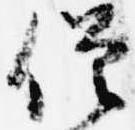
僧